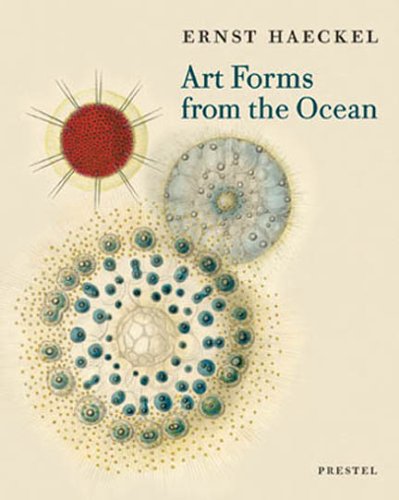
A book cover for Art Forms from the Ocean: The Radiolarian Prints of Ernst Haeckel; Olaf Breidbach; Science & Math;